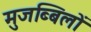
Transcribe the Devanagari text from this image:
मुजब्बिलों